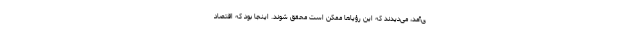
ی‌آمد، می‌دیدند که این رؤیاها ممکن است محقق شوند. اینجا بود که اقتصاد